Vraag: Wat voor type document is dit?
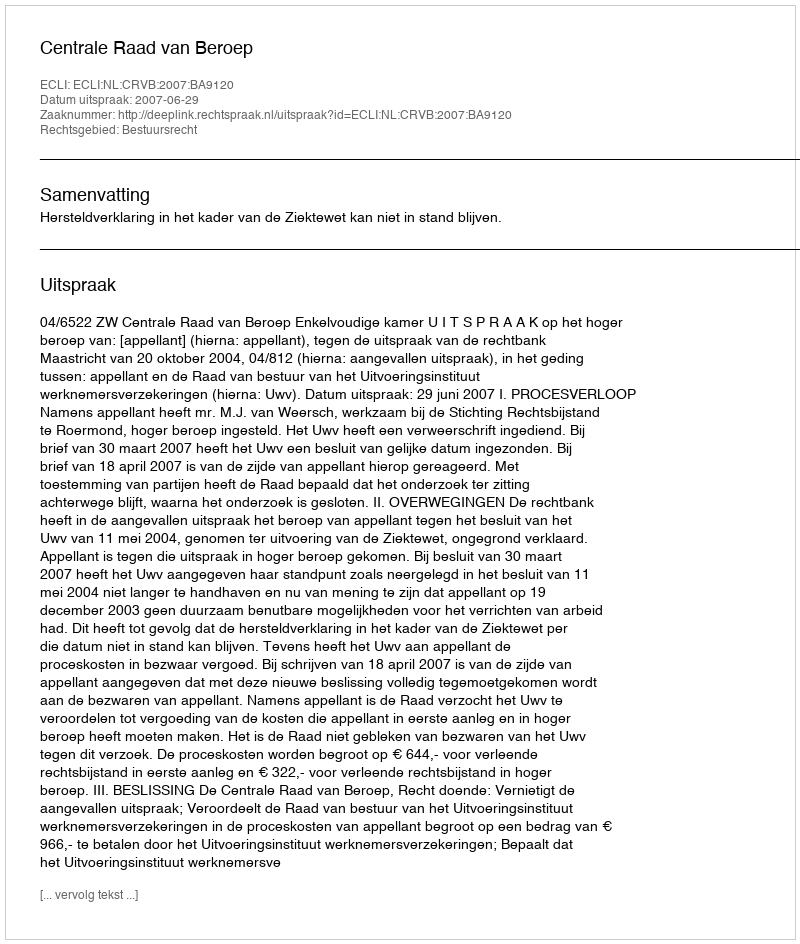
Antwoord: Uitspraak